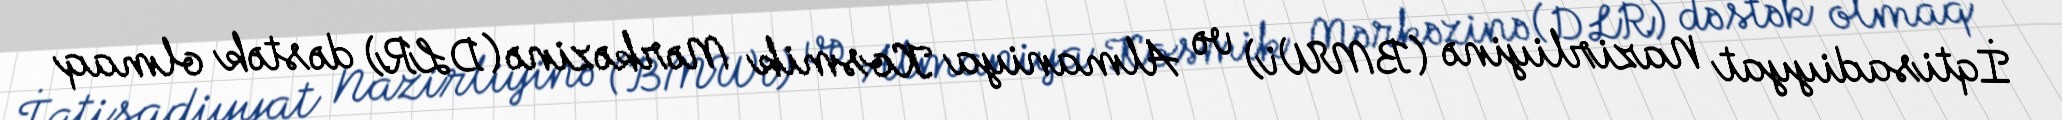
İqtisadiyyat Nazirliyinə (BMWi) və Almaniya Kosmik Mərkəzinə (DLR) dəstək olmaq